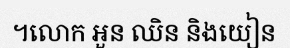
។លោក អួន ឈិន និងយៀន